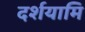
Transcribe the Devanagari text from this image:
दर्शयामि